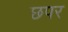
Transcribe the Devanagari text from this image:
छपर